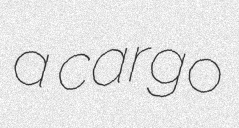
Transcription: a cargo